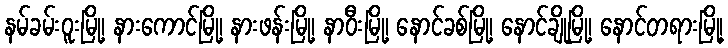
နမ်ခမ်းဝူးမြို့၊ နားကောင်မြို့၊ နားဖန်းမြို့၊ နာဝီးမြို့၊ နောင်ခစ်မြို့၊ နောင်ချိုမြို့၊ နောင်တရားမြို့၊